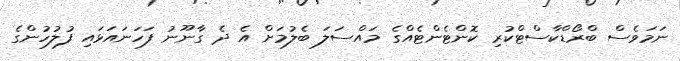
ނަމަވެސް ބްރޯޑްކާސްޓްކުރި ކޮންޓެންޓެއްގެ މައްސަލަ ބެލުމަށް އެ ދެ ގާނޫނު ފަހަނައަޅައި ފުލުހުންގެ